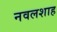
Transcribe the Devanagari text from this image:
नवलशाह